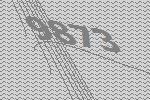
9873